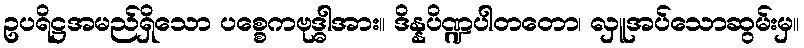
ဥပရိဋ္ဌအမည်ရှိသော ပစ္စေကဗုဒ္ဓါအား။ ဒိန္နပိဏ္ဍပါတတော၊ လှူအပ်သောဆွမ်းမှ။